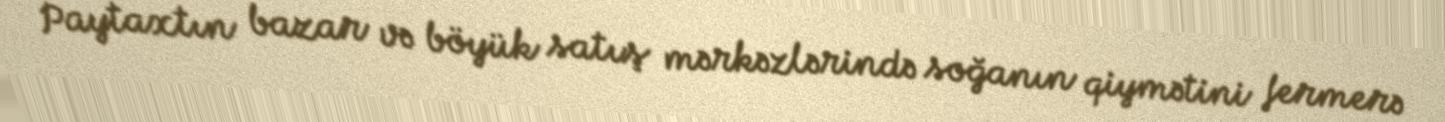
Paytaxtın bazar və böyük satış mərkəzlərində soğanın qiymətini fermerə